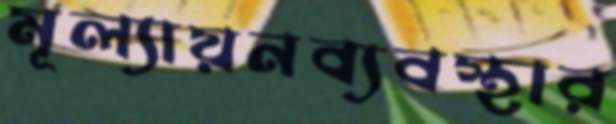
মূল্যায়নব্যবস্থার